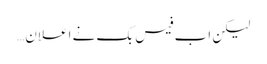
لیکن اب فیس بک نے اعلان…